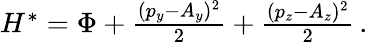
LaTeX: \begin{array}{r}{H^{*}=\Phi+\frac{(p_{y}-A_{y})^{2}}{2}+\frac{(p_{z}-A_{z})^{2}}{2}\, .}\end{array}